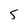
Character: 5